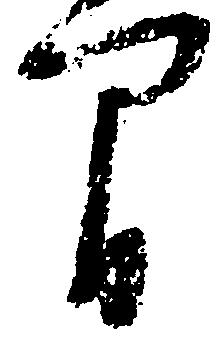
間